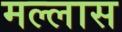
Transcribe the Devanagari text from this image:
मल्लास